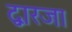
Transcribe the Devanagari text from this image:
द्वारजा